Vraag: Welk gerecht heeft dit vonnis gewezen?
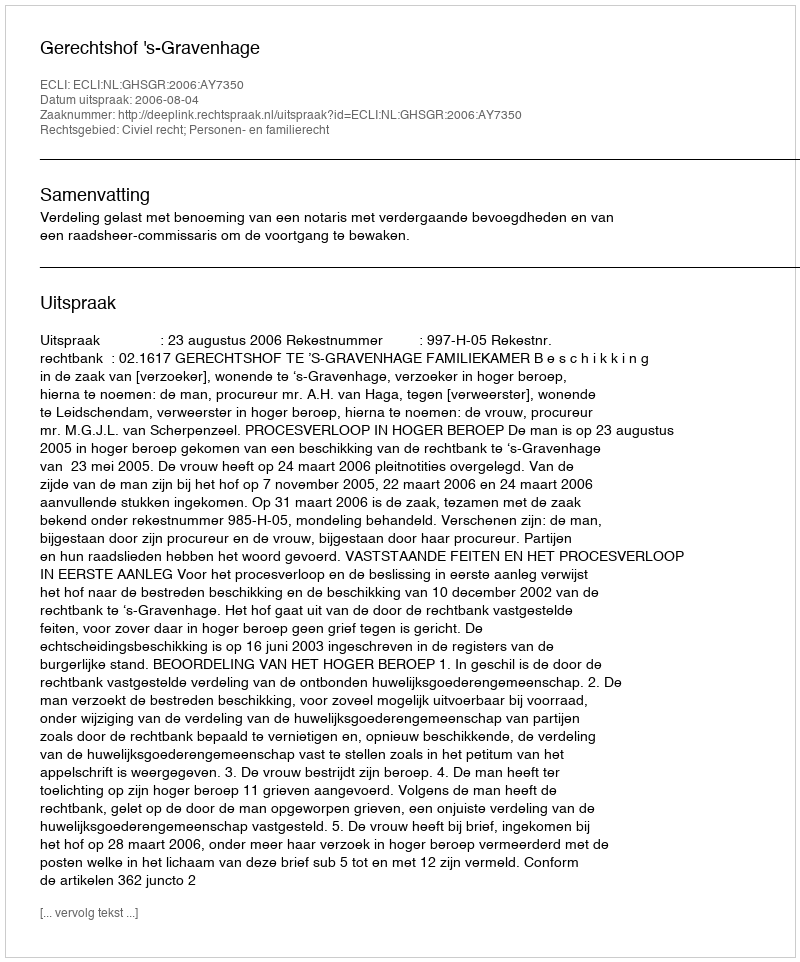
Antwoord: Gerechtshof 's-Gravenhage